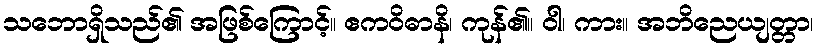
သဘောရှိသည်၏ အဖြစ်ကြောင့်။ ဧကဝိဓာနိ၊ ကုန်၏။ ဝါ၊ ကား။ အဘိညေယျတ္တာ၊